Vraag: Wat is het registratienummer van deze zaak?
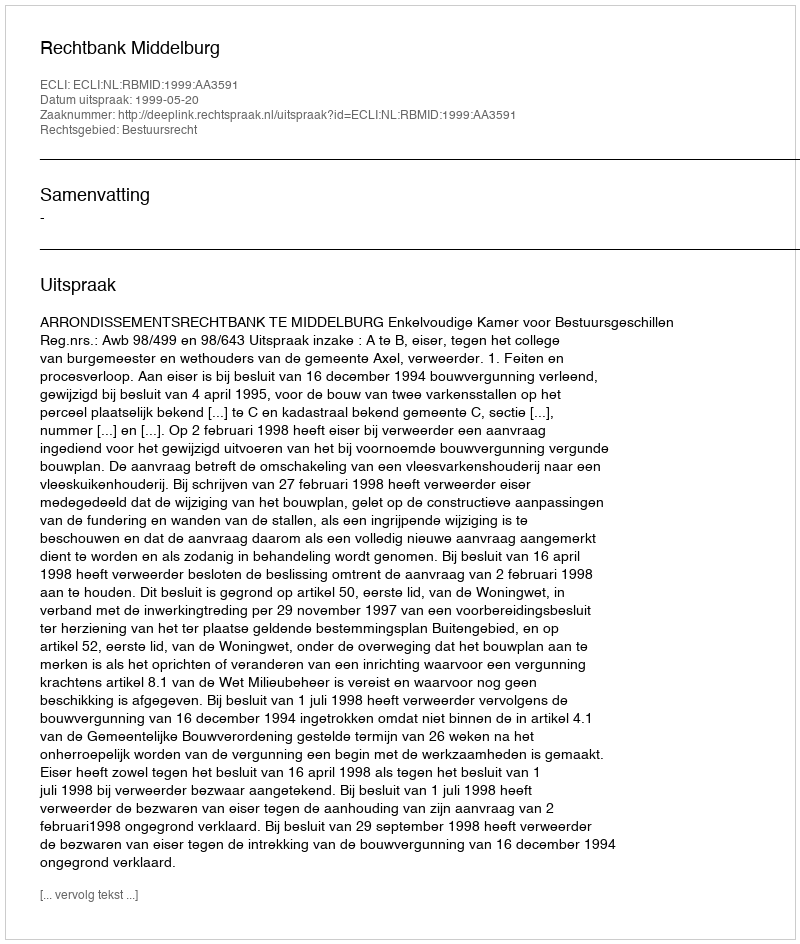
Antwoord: http://deeplink.rechtspraak.nl/uitspraak?id=ECLI:NL:RBMID:1999:AA3591